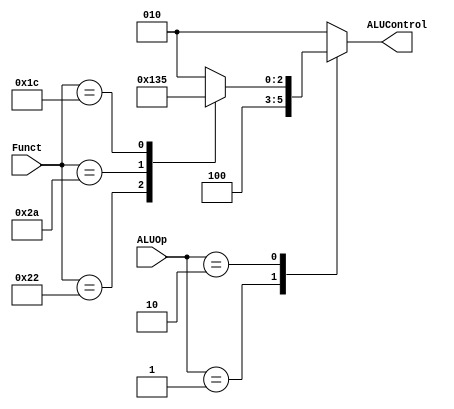
module ALU_DECODER (
    input wire [1:0] ALUOp,
    input wire [5:0] Funct,
    output reg [2:0] ALUControl
);

    always @(*) begin
        case (ALUOp)
            2'b00:begin
                ALUControl=3'b010;
            end 

             2'b01:begin
                ALUControl=3'b100;
            end 

             2'b10:begin
                case (Funct)
                    6'b100000:begin
                        ALUControl=3'b010;
                    end

                    6'b100010:begin
                        ALUControl=3'b100;
                    end  

                     6'b101010:begin
                        ALUControl=3'b110;
                    end

                     6'b011100:begin
                        ALUControl=3'b101;
                    end

                    default: ALUControl=3'b010;
                endcase
            end 
            default: begin
                ALUControl=3'b010;
            end
        endcase
        
    end
endmodule